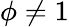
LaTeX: \phi\neq 1